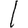
Digit: 1